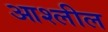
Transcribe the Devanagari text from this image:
आश्लील